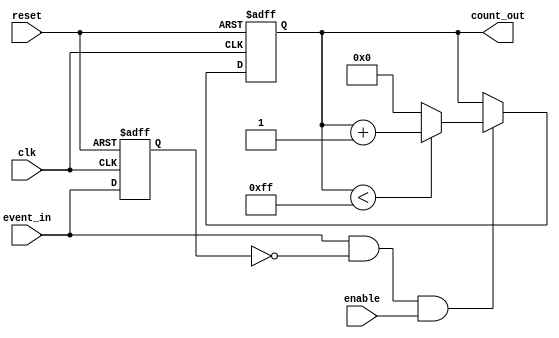
module event_triggered_counter #(
    parameter N = 8  // Parameter for bit width of the count value
) (
    input wire clk,          // Clock signal
    input wire event_in,     // Event signal
    input wire reset,        // Asynchronous reset signal
    input wire enable,       // Enable signal
    output reg [N-1:0] count_out // Count value output
);

// Internal signal for detecting rising edge of event_in
reg event_in_prev;

// Edge detection logic for event_in
always @(posedge clk or posedge reset) begin
    if (reset) begin
        count_out <= 0; // Reset the count to zero
        event_in_prev <= 0; // Reset previous event signal
    end else begin
        // Detect rising edge of event_in
        if (event_in && !event_in_prev && enable) begin
            if (count_out < (1 << N) - 1) // Check for maximum count
                count_out <= count_out + 1; // Increment count
            else
                count_out <= 0; // Wrap around to zero
        end
        event_in_prev <= event_in; // Update previous event signal
    end
end

endmodule